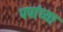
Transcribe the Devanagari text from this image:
पपांच्या